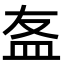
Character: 𥁊